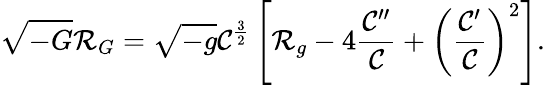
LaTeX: \sqrt{-G}{\cal R}_{G}=\sqrt{-g}{\cal C}^{\frac{3}{2}}\left[{\cal R}_{g}-4{\frac{{\cal C}^{\prime\prime}}{\cal C}}+\left({\frac{{\cal C}^{\prime}}{\cal C}}\right)^{2}\right].